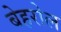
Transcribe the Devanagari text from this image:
बेहरोल